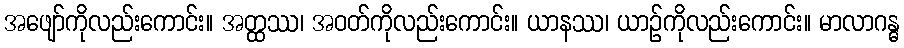
အဖျော်ကိုလည်းကောင်း။ အတ္ထဿ၊ အဝတ်ကိုလည်းကောင်း။ ယာနဿ၊ ယာဉ်ကိုလည်းကောင်း။ မာလာဂန္ဓ